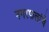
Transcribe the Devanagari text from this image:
नगरपालांचे